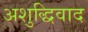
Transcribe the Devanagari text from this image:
अशुद्धिवाद